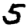
Digit: 5